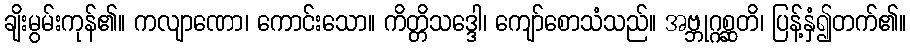
ချိးမွမ်းကုန်၏။ ကလျာဏော၊ ကောင်းသော။ ကိတ္တိသဒ္ဒေါ၊ ကျော်စောသံသည်။ အဗ္ဘုဂ္ဂစ္ဆတိ၊ ပြန့်နှံ၍တက်၏။